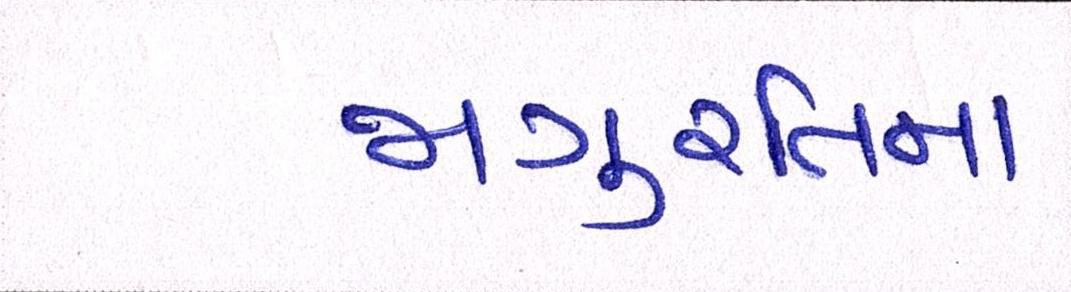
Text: જાગુ્રતિના